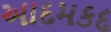
આદમકદ